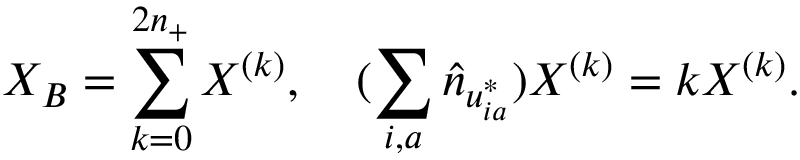
X _ { B } = \sum _ { k = 0 } ^ { 2 n _ { + } } X ^ { ( k ) } , \quad ( \sum _ { i , a } \hat { n } _ { u _ { i a } ^ { * } } ) X ^ { ( k ) } = k X ^ { ( k ) } .